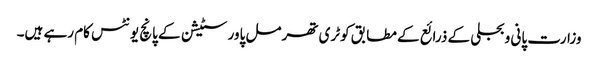
وزارت پانی و بجلی کے ذرائع کے مطابق کوٹری تھرمل پاور سٹیشن کے پانچ یونٹس کام رہے ہیں۔